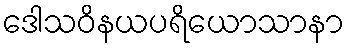
ဒေါသဝိနယပရိယောသာနာ